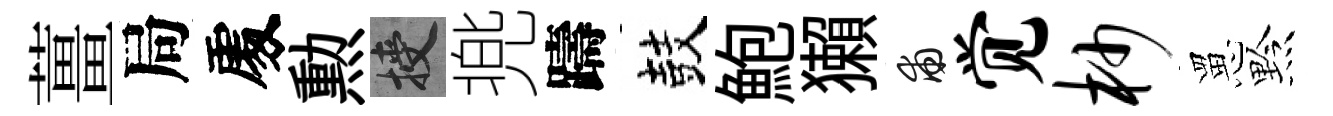
薑局𠁅勲授兠躊鼓鮑獺甫觉杪罳黔